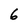
Character: 6